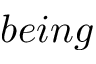
b e i n g